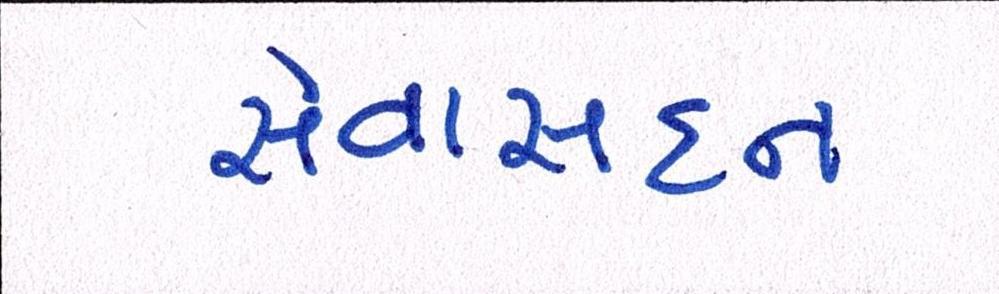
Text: સેવાસદન